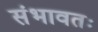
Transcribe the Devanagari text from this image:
संभावतः